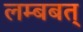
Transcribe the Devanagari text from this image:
लम्बबत्